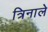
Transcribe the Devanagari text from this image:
त्रिनाले